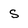
Character: S